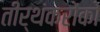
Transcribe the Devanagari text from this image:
तीर्थंकरोंको